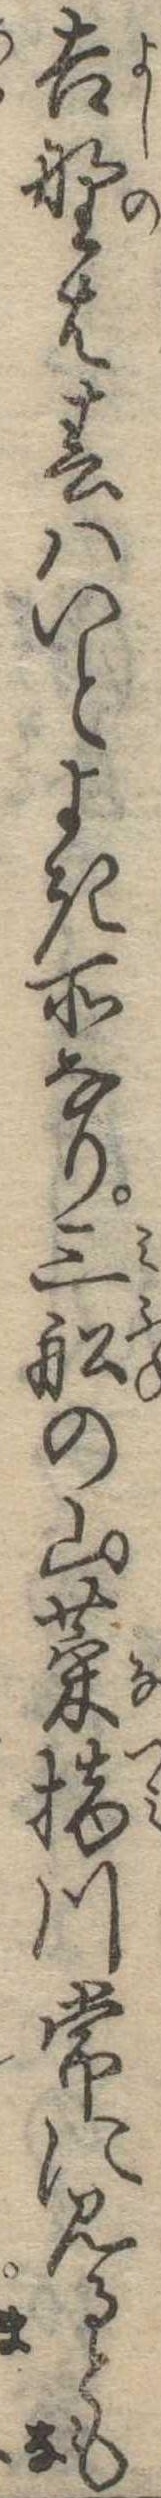
吉野は春はいとよき所なり三船の山菜摘川常に見るとも